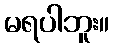
မရပါဘူး။